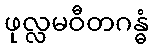
ဖုလ္လမဝီတဂန္ဓံ